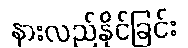
နားလည်နိုင်ခြင်း